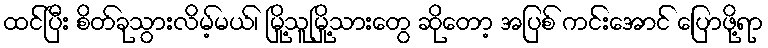
ထင်ပြီး စိတ်ခုသွားလိမ့်မယ်၊ မြို့သူမြို့သားတွေ ဆိုတော့ အပြစ် ကင်းအောင် ပြောဖို့ရာ